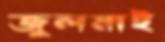
জুলমাই